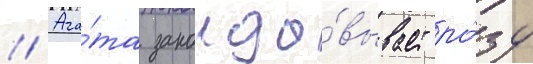
// Ага́та заколдо́вывает ро́зу